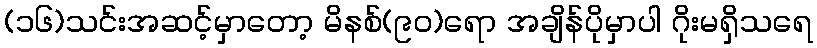
(၁၆)သင်းအဆင့်မှာတော့ မိနစ်(၉၀)ရော အချိန်ပိုမှာပါ ဂိုးမရှိသရေ